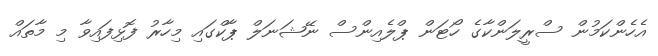
އެހެންކަމުން ސްރީލަންކާގެ ހޯޓަން ޕްލެއިންސް ނޭޝަނަލް ޕާކްގައި މިހާރު ފޮޅިފައިވާ މި މާތައް